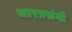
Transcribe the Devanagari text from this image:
चारप्रसंगी